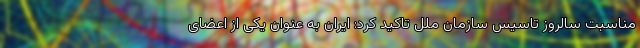
مناسبت سالروز تاسیس سازمان ملل تاکید کرد: ایران به عنوان یکی از اعضای